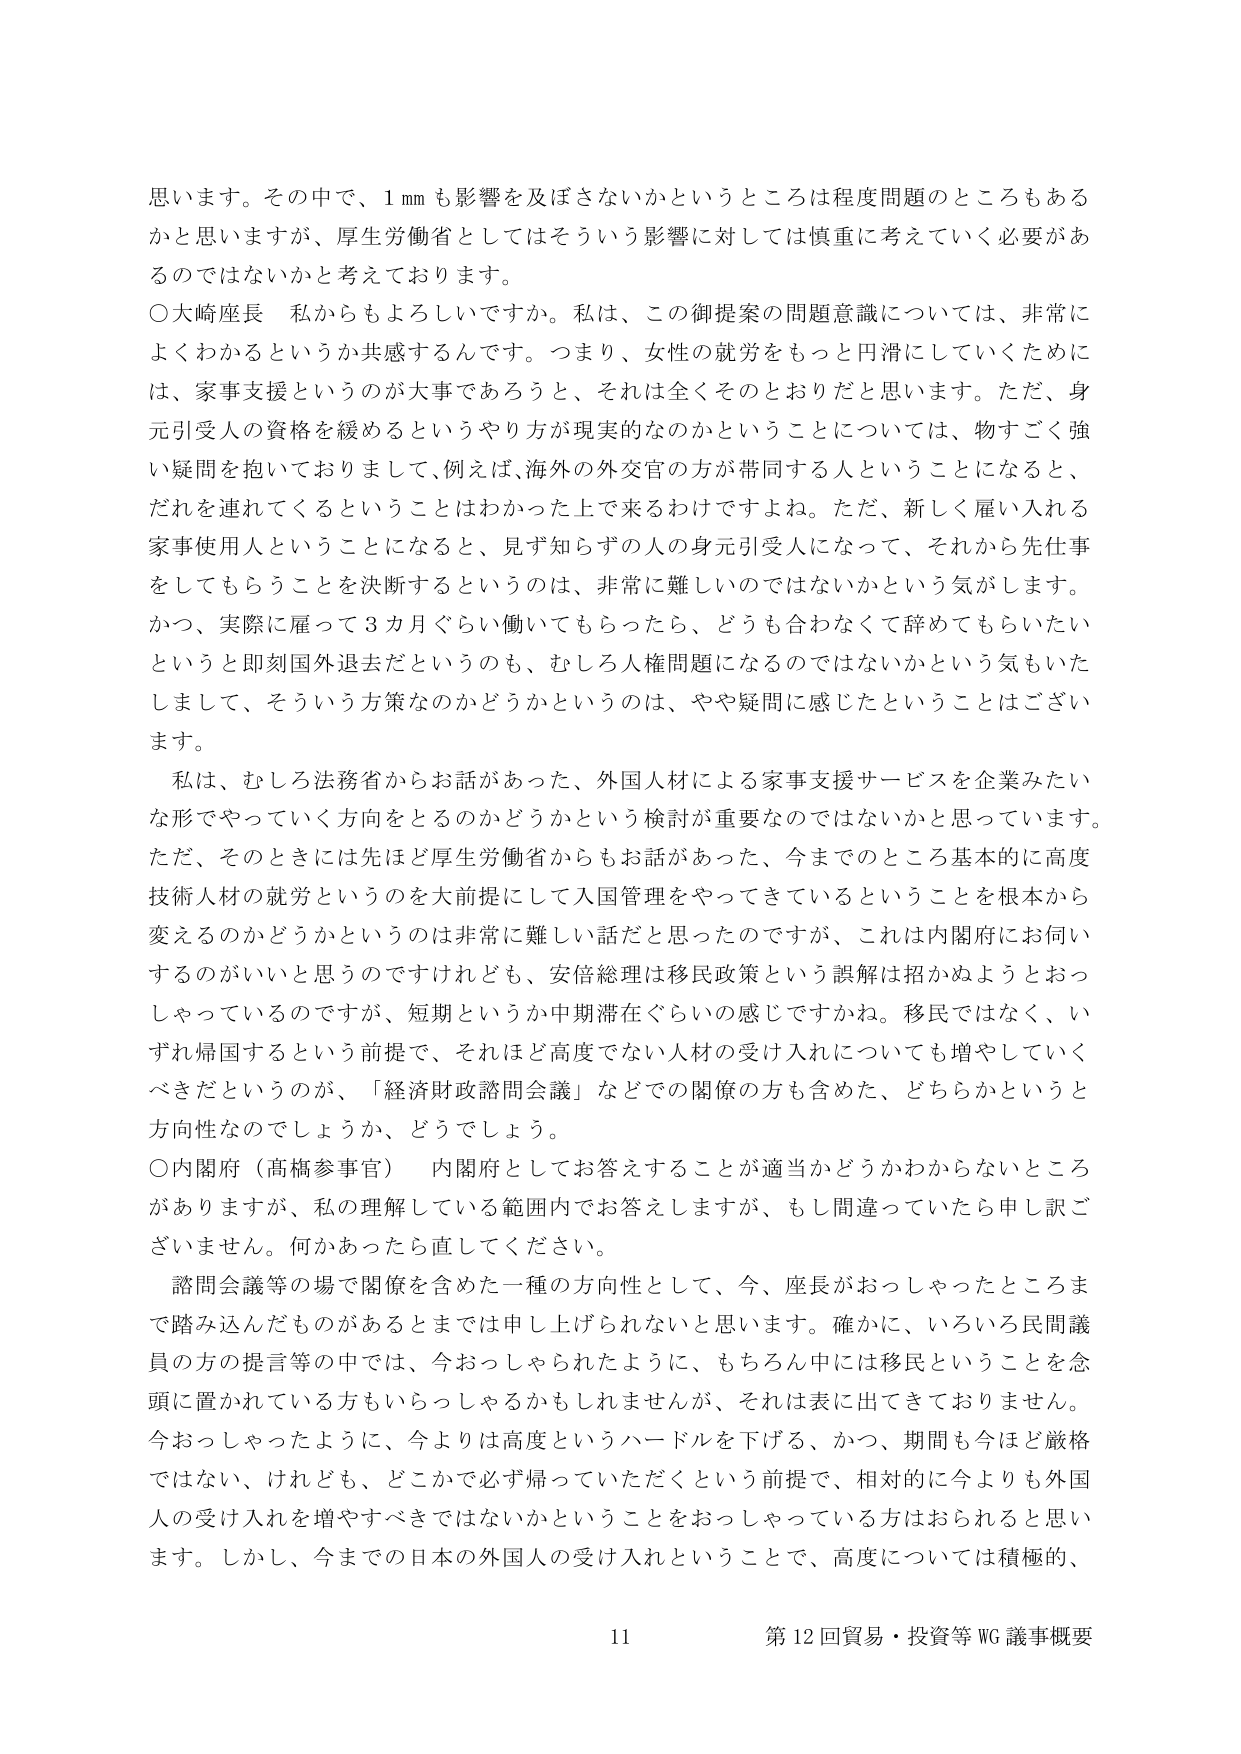
思います。その中で、1 mm も影響を及ぼさないかというところは程度問題のところもあるかと思いますが、厚生労働省としてはそういう影響に対しては慎重に考えていく必要があるのではないかと考えております。

○大崎座長　私からもよろしいですか。私は、この御提案の問題意識については、非常によくわかるというか共感するんです。つまり、女性の就労をもっと円滑にしていくためには、家事支援というのが大事であろうと、それは全くそのとおりだと思います。ただ、身元引受人の資格を緩めるというやり方が現実的なのかということについては、物すごく強い疑問を抱いておりまして、例えば、海外の外交官の方が帯同する人ということになると、だれを連れてくるということはわかった上で来るわけですよね。ただ、新しく雇い入れる家事使用人ということになると、見ず知らずの人の身元引受人になって、それから先仕事をしてもらうことを決断するというのは、非常に難しいのではないかという気がします。かつ、実際に雇って3カ月ぐらい働いてもらったら、どうも合わなくて辞めてもらいたいというと即刻国外退去だというのも、むしろ人権問題になるのではないかという気もいたしまして、そういう方策なのかどうかというのは、やや疑問に感じたということはございます。

私は、むしろ法務省からお話があった、外国人材による家事支援サービスを企業みたいな形でやっていく方向をとるのかどうかという検討が重要なのではないかと思っています。ただ、そのときには先ほど厚生労働省からもお話があった、今までのところ基本的に高度技術人材の就労というのを大前提にして入国管理をやってきているということを根本から変えるのかどうかというのは非常に難しい話だと思ったのですが、これは内閣府にお伺いするのがいいと思うのですけれども、安倍総理は移民政策という誤解は招かぬようとおっしゃっているのですが、短期というか中期滞在ぐらいの感じですかね。移民ではなく、いずれ帰国するという前提で、それほど高度でない人材の受け入れについても増やしていくべきだというのが、「経済財政諮問会議」などでの関係の方も含めた、どちらかというと方向性なのでしょうか、どうでしょう。

○内閣府（高橋参事官）　内閣府としてお答えすることが適当かどうかわからないところがありますが、私の理解している範囲内でお答えしますが、もし間違っていたら申し訳ございません。何かあったら直してください。

諮問会議等の場で関係を含めた一種の方向性として、今、座長がおっしゃったところまで踏み込んだものがあるとまでは申し上げられないと思います。確かに、いろいろ民間議員の方の提言等の中では、今おっしゃられたように、もちろん中には移民ということを念頭に置かれている方もいらっしゃるかもしれませんが、それは表に出てきておりません。今おっしゃったように、今よりは高度というハードルを下げる、かつ、期間も今ほど厳格ではない、けれども、どこかで必ず帰っていただくという前提で、相対的に今よりも外国人の受け入れを増やすべきではないかということをおっしゃっている方はおられると思います。しかし、今までの日本の外国人の受け入れということで、高度については積極的、

11 第12回貿易・投資等WG議事概要